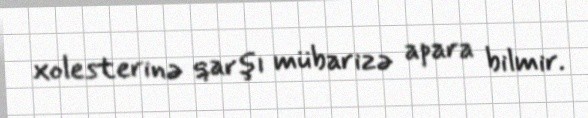
xolesterinə qarşı mübarizə apara bilmir.